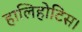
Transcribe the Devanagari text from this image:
हालिहोटिस।